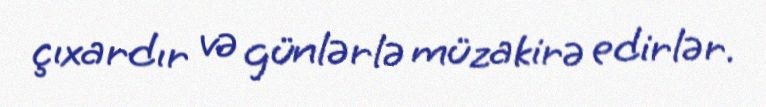
çıxardır və günlərlə müzakirə edirlər.